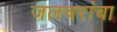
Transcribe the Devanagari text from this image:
जलचरांचा